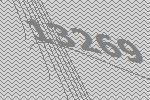
13269